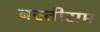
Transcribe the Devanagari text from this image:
बस्तीराम